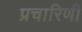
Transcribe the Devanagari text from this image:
प्रचारिणी